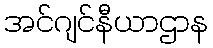
အင်ဂျင်နီယာဌာန